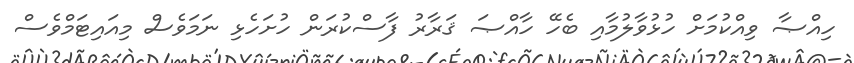
ހިއްޞާ ވިއްކުމަށް ހުޅުވާލުމާއި ބެހޭ ހާއްޞަ ޤަރާރު ފާސްކުރަން ހުށަހެޅި ނަމަވެސް މިއައިޓަމްވެސް